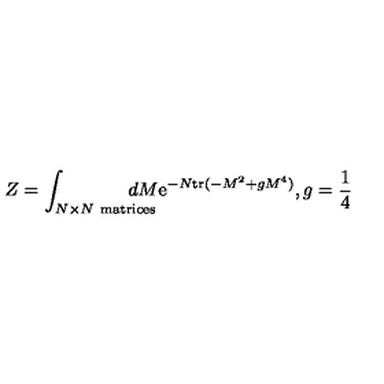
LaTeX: Z = \int _ { N \times N \ \mathrm { m a t r i c e s } } \! \! \! \! \! \! \! \! \! \! d M \mathrm { e } ^ { - N \mathrm { t r } ( - M ^ { 2 } + g M ^ { 4 } ) } , g = \frac 1 4